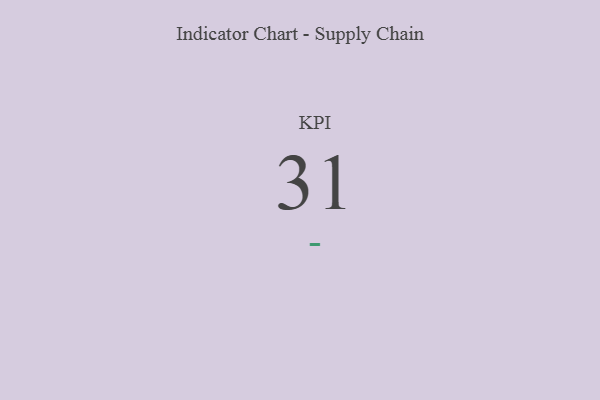
{"axis": {"x": "KPI", "y": "Value"}, "legend": [""], "data": [{"x": "KPI", "y": 31, "type": ""}]}